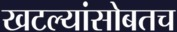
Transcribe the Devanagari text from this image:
खटल्यांसोबतच